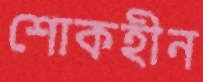
শোকহীন